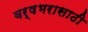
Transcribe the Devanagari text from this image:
वर्षभरासाठी